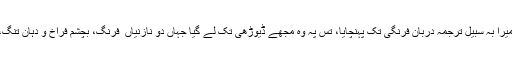
بالآخر ایک راہ گیر نے کہ زبانِ انگریزی و ہندوستانی دونوں سے آگاہ تھا، مُدّعا میرا بہ سبیلِ ترجمہ دربانِ فرنگی تک پہنچایا، تِس پہ وہ مجھے ڈیوڑھی تک لے گیا جہاں دو نازنیاں ِ فرنگ، بچشمِ فراخ و دہانِ تنگ، بہ اندازِ عشوہ و غمزہ میری طرف نظر فرما ہوئیں اور اپنی بولی میں گویا ہوئیں۔